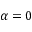
\alpha = 0